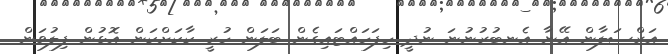
އަރްސަލާން އޭނާ އެނބުރުނުނަ ނުދީ ހިފަހައްޓައިގެން ބަލަން ހުރީ ކާކަށްކަން އޮޅުން ފިލުވަން